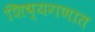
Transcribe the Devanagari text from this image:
शिष्यगणात